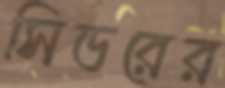
সিডরের